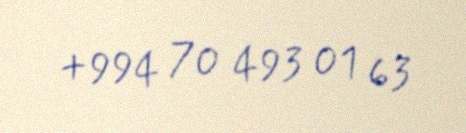
+994 70 493 01 63